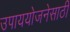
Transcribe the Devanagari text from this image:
उपाययोजनेसाठी